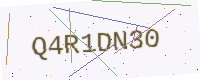
Text: Q4R1DN30